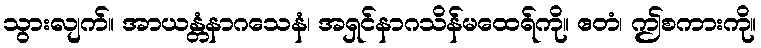
သွားလျက်။ အာယန္တံနာဂသေနံ၊ အရှင်နာဂသိန်မထေရ်ကို။ ဧတံ၊ ဤစကားကို။